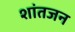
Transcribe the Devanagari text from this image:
शांतजन